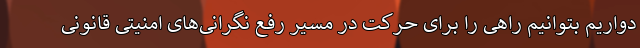
دواریم بتوانیم راهی را برای حرکت در مسیر رفع نگرانی‌های امنیتی قانونی